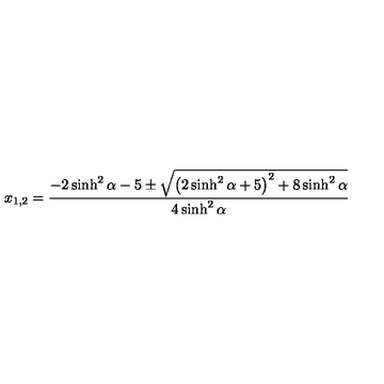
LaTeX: x _ { 1 , 2 } = \frac { - 2 \sinh ^ { 2 } \alpha - 5 \pm \sqrt { \left( 2 \sinh ^ { 2 } { \alpha } + 5 \right) ^ { 2 } + 8 \sinh ^ { 2 } { \alpha } } } { 4 \sinh ^ { 2 } { \alpha } }